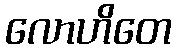
လောဟိတေ